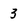
Character: 3